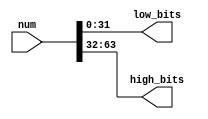
`timescale 1ns / 1ps
//////////////////////////////////////////////////////////////////////////////////
// Company: 
// Engineer: 
// 
// Design Name: 
// Module Name: split_64_bit
// Project Name: 
// Target Devices: 
// Tool Versions: 
// Description: 
// 
// Dependencies: 
// 
// Revision:
// Revision 0.01 - File Created
// Additional Comments:
// 
//////////////////////////////////////////////////////////////////////////////////


module split_64_bit(
    input [63:0] num,
    output [31:0] low_bits,
    output [31:0] high_bits
    );
    assign low_bits=num[31:0];
    assign high_bits=num[63:32];
endmodule